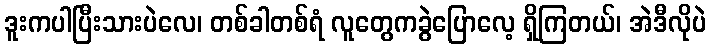
ဒူးကပါပြီးသားပဲလေ၊ တစ်ခါတစ်ရံ လူတွေကခွဲပြောလေ့ ရှိကြတယ်၊ အဲဒီလိုပဲ